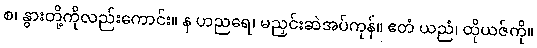
စ၊ နွားတို့ကိုလည်းကောင်း။ န ဟညရေ၊ မညှင်းဆဲအပ်ကုန်။ ဧတံ ယညံ၊ ထိုယဇ်ကို။